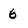
Character: 6